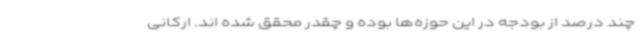
چند درصد از بودجه در این حوزه‌ها بوده و چقدر محقق شده اند. ارکانی